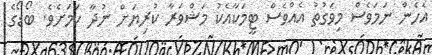
އެހެން ނަމަވެސް މިވަގުތު އެއްވެސް ޓީމަކާއެކު މަޝްވަރާ ކުރިޔަށް ނުދާ ކަމަށެވެ. ބޯޑޯގެ